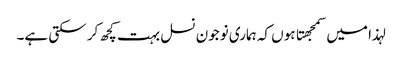
لہذا میں سمجهتا ہوں کہ ہماری نوجون نسل بہت کچھ کر سکتی ہے۔